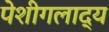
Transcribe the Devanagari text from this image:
पेशीगलाद्य